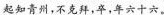
起知青州，不克拜，卒，年六十六。